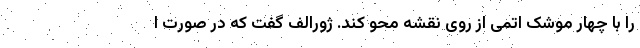
را با چهار موشک اتمی از روی نقشه محو کند. ژورالف گفت که در صورت ا